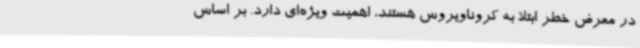
در معرض خطر ابتلا به کروناویروس هستند، اهمیت ویژه‌ای دارد. بر اساس